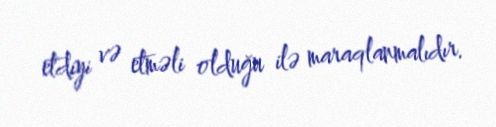
etdiyi və etməli olduğu ilə maraqlanmalıdır.